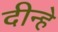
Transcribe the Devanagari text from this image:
दीन्हे